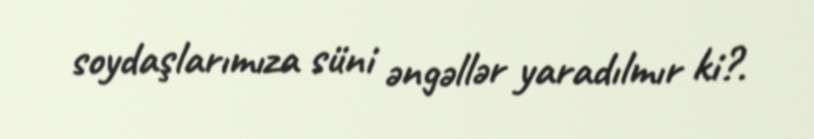
soydaşlarımıza süni əngəllər yaradılmır ki?.